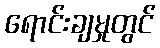
ရောင်းချမှုတွင်